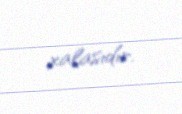
xalasıdır.